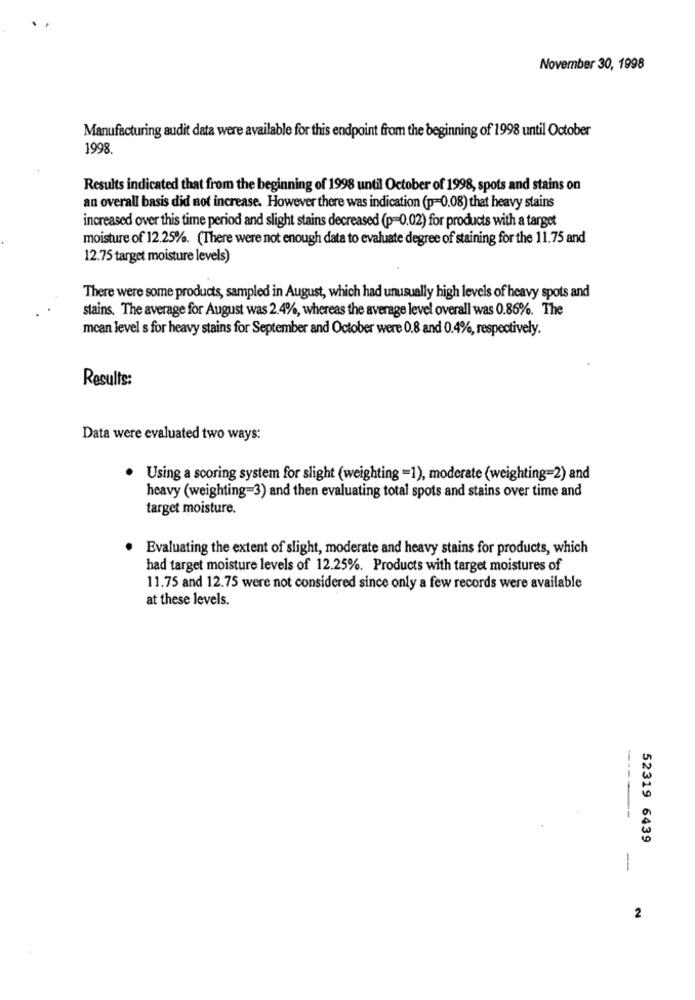
November 30, 1998
Manufacturing audit data were available for this endpoint from the beginning of 1998 until October
1998.
Results indicated that from the beginning of 1998 until October of 1998, spots and stains on
an overall basis did not increase. However there was indication (p=0.08) that heavy stains
increased over this time period and slight stains decreased (p=0.02) for products with a target
moisture of 12.25%. (There were not enough data to evaluate degree of staining for the 11.75 and
12.75 target moisture levels)
There were some products, sampled in August, which had unusually high levels of heavy spots and
stains. The average for August was 2.4%, whereas the average level overall was 0.86%. The
mcan level s for heavy stains for September and October were 0.8 and 0.4%, respectively.
Results:
Data were evaluated two ways:
Using a scoring system for slight (weighting =1), moderate (weighting=2) and
heavy (weighting=3) and then evaluating total spots and stains over time and
target moisture.
Evaluating the extent of slight, moderate and heavy stains for products, which
had target moisture levels of 12.25%. Products with target moistures of
11.75 and 12.75 were not considered since only a few records were available
at these levels.
52319 6439
-
2